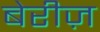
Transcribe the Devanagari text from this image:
बेरीज़